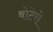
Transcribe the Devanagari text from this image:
बोटेरो